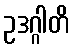
ဥဒဂ္ဂါတိ